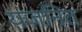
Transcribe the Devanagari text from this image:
यजनित